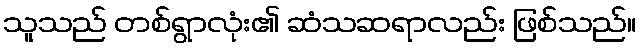
သူသည် တစ်ရွာလုံး၏ ဆံသဆရာလည်း ဖြစ်သည်။